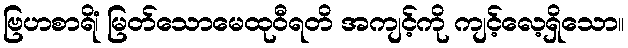
ဗြဟစာရိံ၊ မြတ်သောမေထုဝီရတိ အကျင့်ကို ကျင့်လေ့ရှိသော။